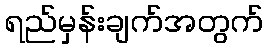
ရည်မှန်းချက်အတွက်